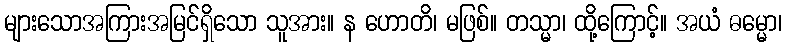
များသောအကြားအမြင်ရှိသော သူအား။ န ဟောတိ၊ မဖြစ်။ တသ္မာ၊ ထို့ကြောင့်။ အယံ ဓမ္မော၊